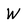
Character: W